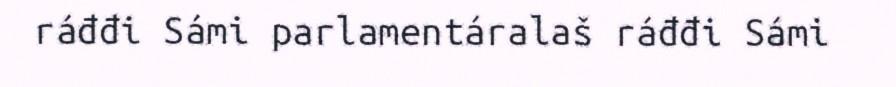
ráđđi Sámi parlamentáralaš ráđđi Sámi